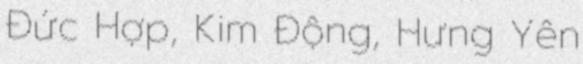
Đức Hợp, Kim Động, Hưng Yên